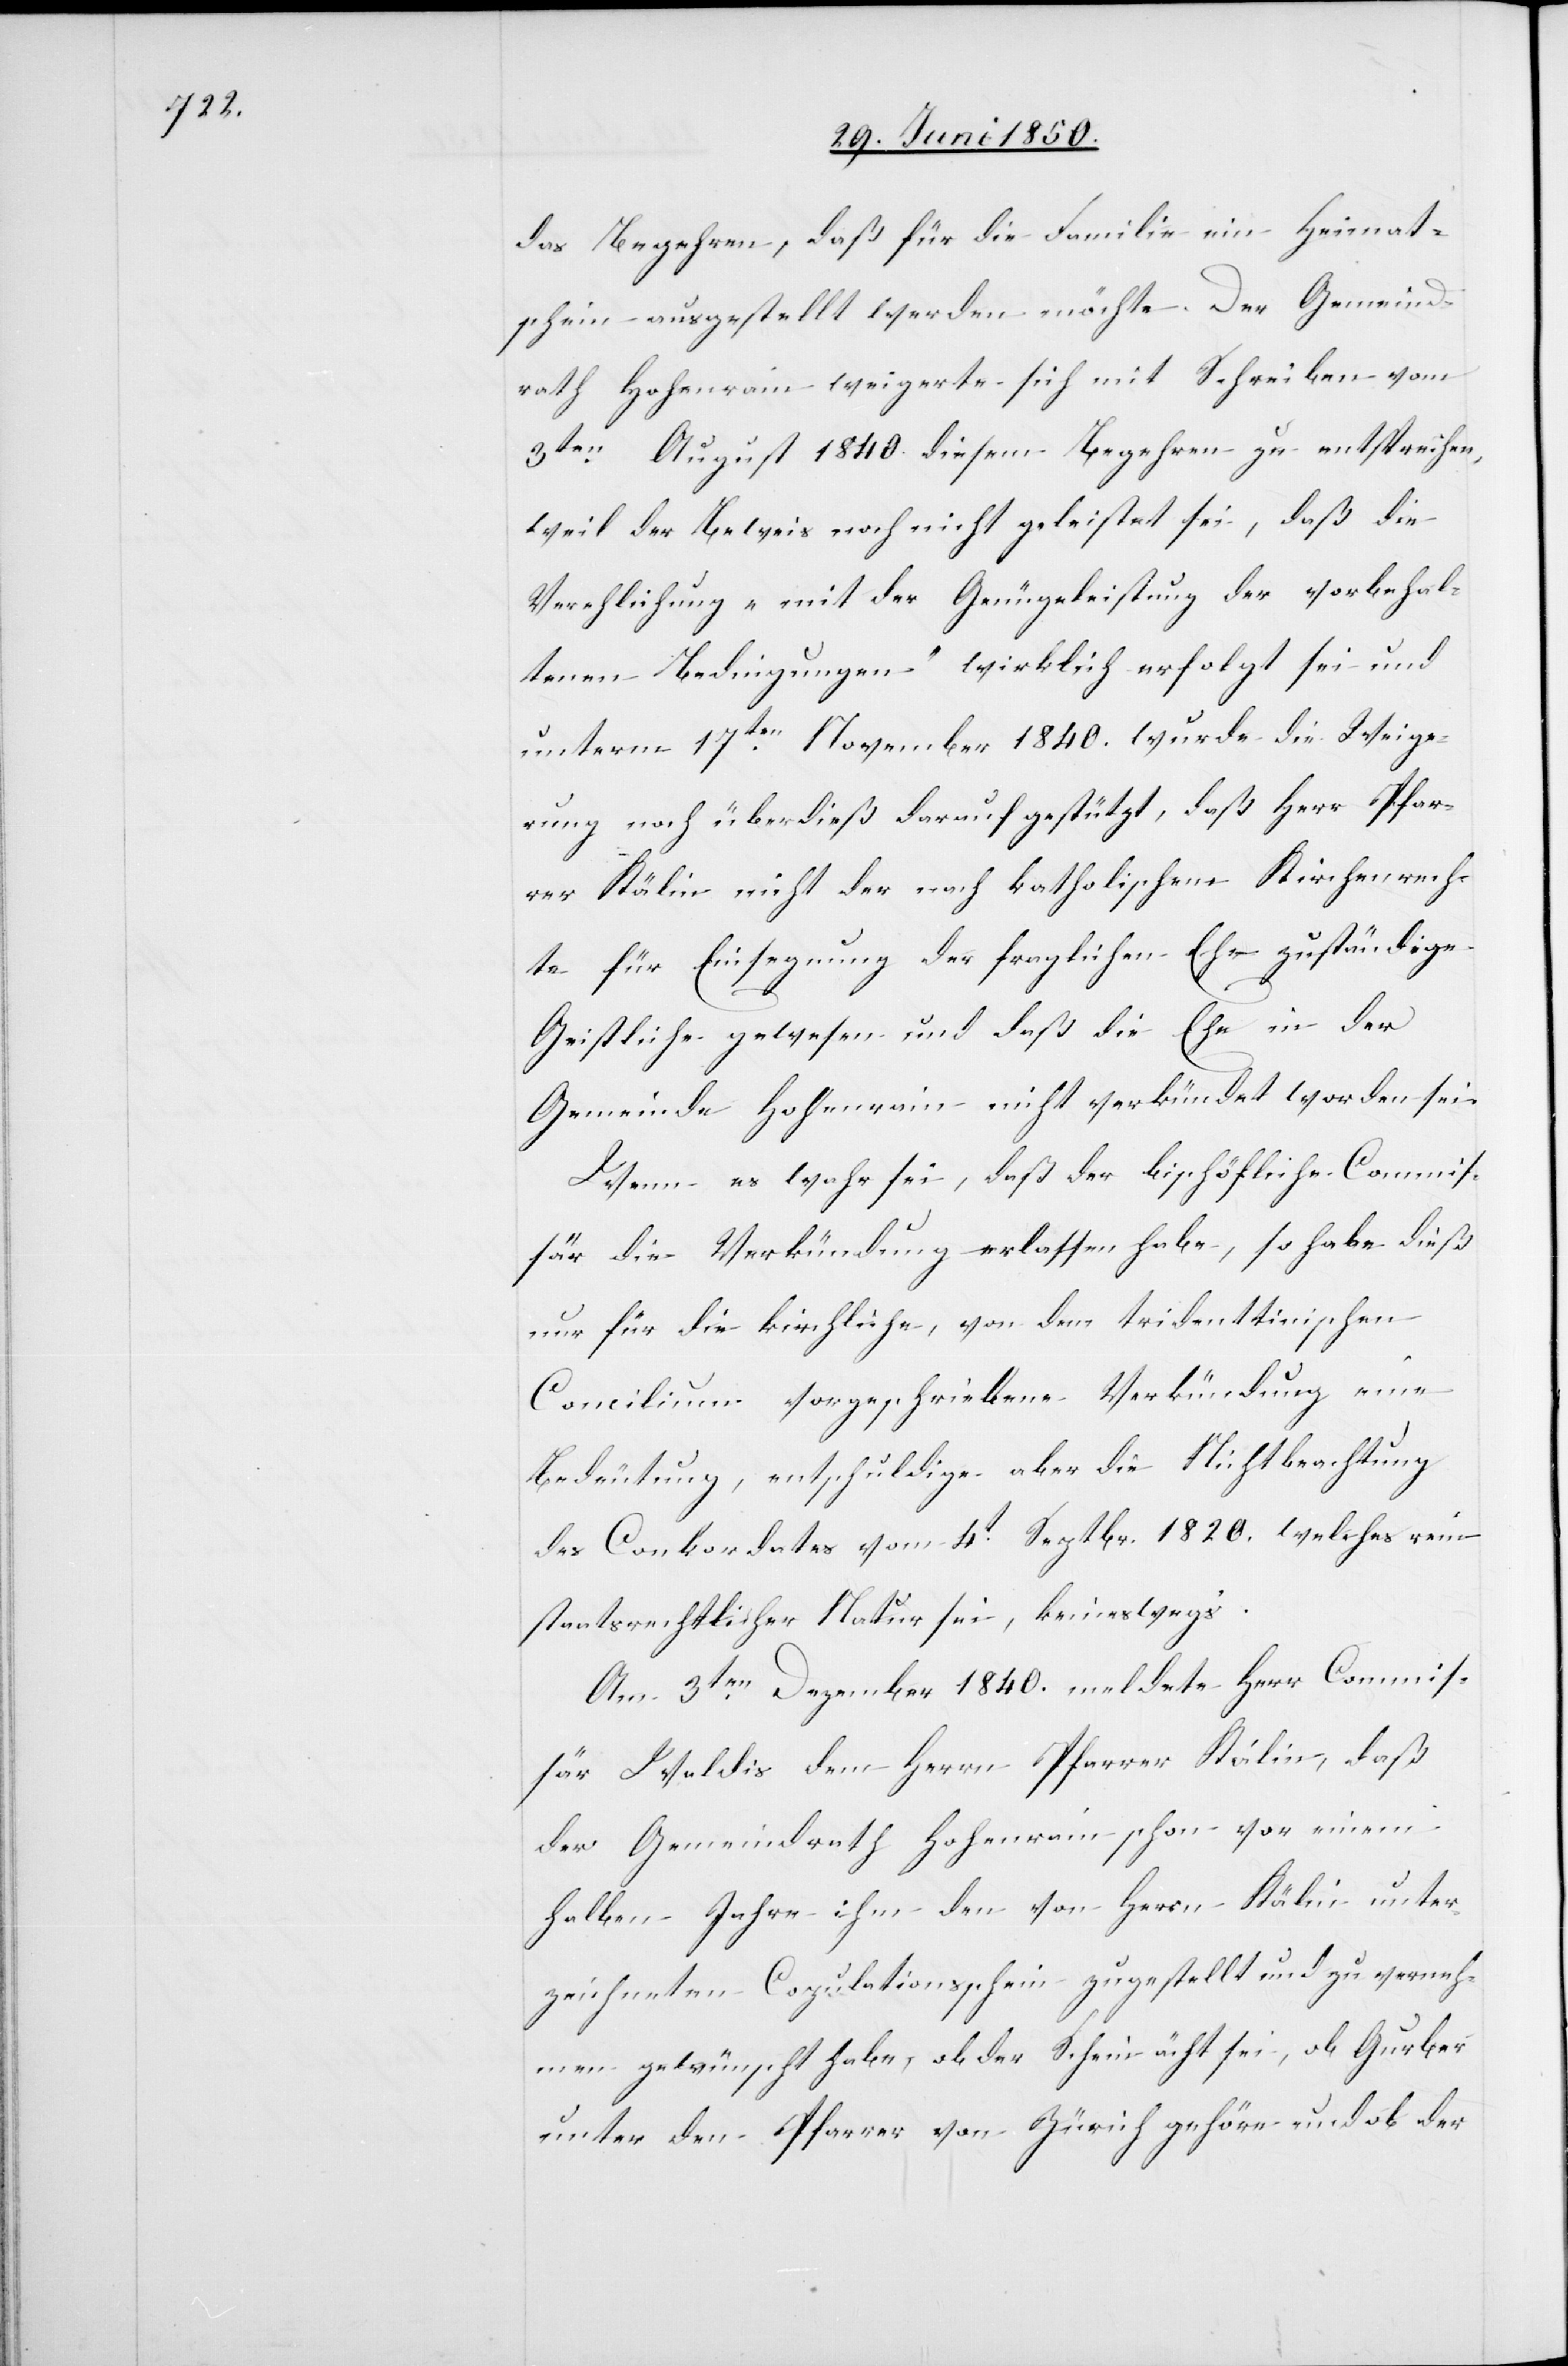
das Begehren, daß für die Familie ein Heimat¬
schein ausgestellt werden möchte. Der Gemeind¬
rath Hohenrain weigerte sich mit Schreiben vom
3ten August 1840. diesem Begehren zu entsprechen,
weil der Beweis noch nicht geleistet sei, daß die
Verehlichung „mit der Genügeleistung der vorbehal¬
tenen Bedingungen“ wirklich erfolgt sei und
unterm 17ten November 1840.wurde die Weige¬
rung noch überdieß darauf gestützt, daß Herr Pfar¬
rer Kälin nicht der nach katholischem Kirchenrech¬
te für Einsegnung der fraglichen Ehe zuständige
Geistliche gewesen und daß die Ehe in der
Gemeinde Hohenrain nicht verkündet worden sei.
Wenn es wahr sei, daß der bischöfliche Commis¬
sär die Verkündung erlassen habe, so habe dieß
nur für die kirchliche, von dem tridenttinischen
Concilium vorgeschriebene Verkündung eine
Bedeutung, entschuldige aber die Nichtbeachtung
des Conkordates vom 4t Septbr. 1820. welches rein
staatrechtlicher Natur sei, keineswegs.
Am 3ten Dezember 1840. meldete Herr Commis¬
sär Waldis dem Herrn Pfarrer Kälin, das
der Gemeindrath Hohenrain schon vor einem
halben Jahre ihm den von Herrn Kälin unter¬
zeichneten Copulationsschein zugestellt und zu verneh¬
men gewünscht habe, ob der Schein ächt sei, ob Gurber
unter den Pfarrer von Zürich gehöre und ob der